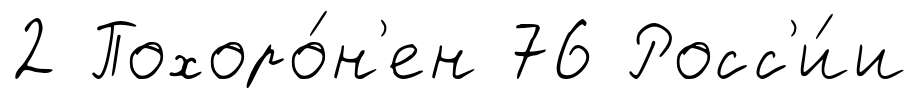
2 Похоро́н'ен 76 Росс'и́и